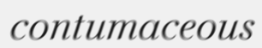
contumaceous